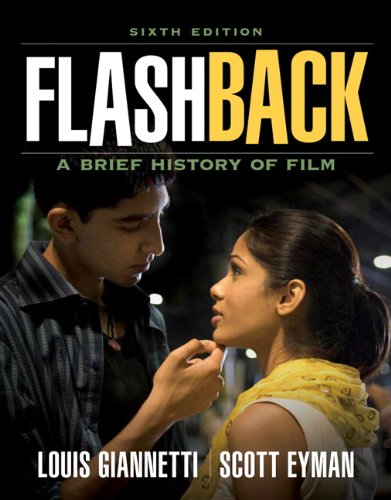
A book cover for Flashback: A Brief Film History (6th Edition); Louis Giannetti; Humor & Entertainment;